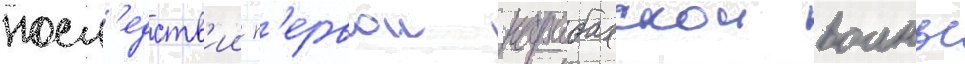
посл'едств'ии п'ервои карабахскои воины